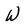
Character: W